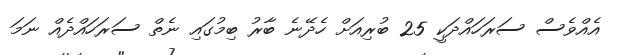
އެއްވެސް ސަރަހައްދަކީ 25 ބުރިއަށް ހެދޭނެ ބާރު ބިމުގައި ނެތް ސަރަހައްދެއް ނަމަ